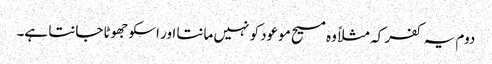
دوم یہ کفر کہ مثلاً وہ مسیح موعود کو نہیں مانتا اور اسکو جھوٹا جانتا ہے۔